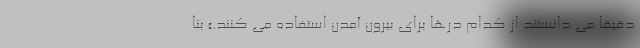
دقیقاً می دانستند از کدام درها برای بیرون آمدن استفاده می کنند.» بنا